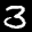
Digit: 3